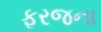
ફરજના